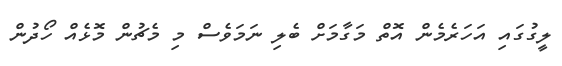
ލީގުގައި އަހަރެމެން އޮތް މަގާމަށް ބެލި ނަމަވެސް މި މެޗުން މޮޅެއް ހޯދުން